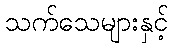
သက်သေများနှင့်